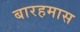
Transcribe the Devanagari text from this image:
बारहमास